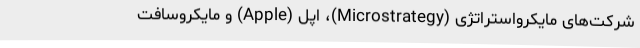
شرکت‌های مایکرواستراتژی (Microstrategy)، اپل (Apple) و مایکروسافت